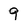
Character: 9